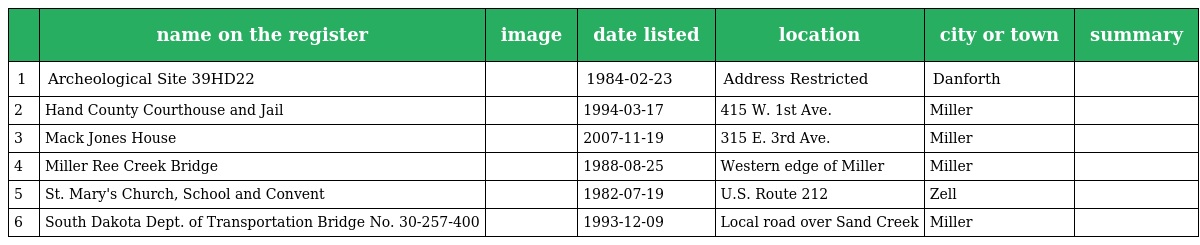
|  | name on the register | image | date listed | location | city or town | summary |
 | --- | --- | --- | --- | --- | --- | --- |
 | 1 | Archeological Site 39HD22 |  | 1984-02-23 | Address Restricted | Danforth |  |
 | 2 | Hand County Courthouse and Jail |  | 1994-03-17 | 415 W. 1st Ave. | Miller |  |
 | 3 | Mack Jones House |  | 2007-11-19 | 315 E. 3rd Ave. | Miller |  |
 | 4 | Miller Ree Creek Bridge |  | 1988-08-25 | Western edge of Miller | Miller |  |
 | 5 | St. Mary's Church, School and Convent |  | 1982-07-19 | U.S. Route 212 | Zell |  |
 | 6 | South Dakota Dept. of Transportation Bridge No. 30-257-400 |  | 1993-12-09 | Local road over Sand Creek | Miller |  |